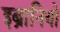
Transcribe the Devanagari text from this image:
इब्रानियो